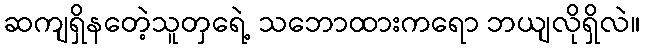
ဆကျရှိနတေဲ့သူတှရေဲ့ သဘောထားကရော ဘယျလိုရှိလဲ။